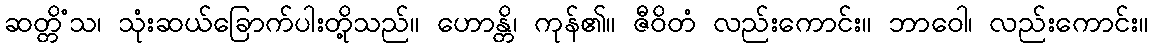
ဆတ္တိံသ၊ သုံးဆယ်ခြောက်ပါးတို့သည်။ ဟောန္တိ၊ ကုန်၏။ ဇီဝိတံ လည်းကောင်း။ ဘာဝေါ၊ လည်းကောင်း။